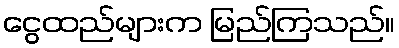
ငွေထည်များက မြည်ကြသည်။